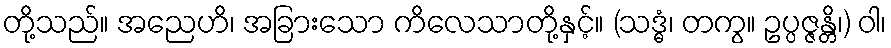
တို့သည်။ အညေဟိ၊ အခြားသော ကိလေသာတို့နှင့်။ (သဒ္ဓံ၊ တကွ။ ဥပ္ပဇ္ဇန္တိ၊) ဝါ၊